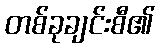
တစ်ခုချင်းစီ၏